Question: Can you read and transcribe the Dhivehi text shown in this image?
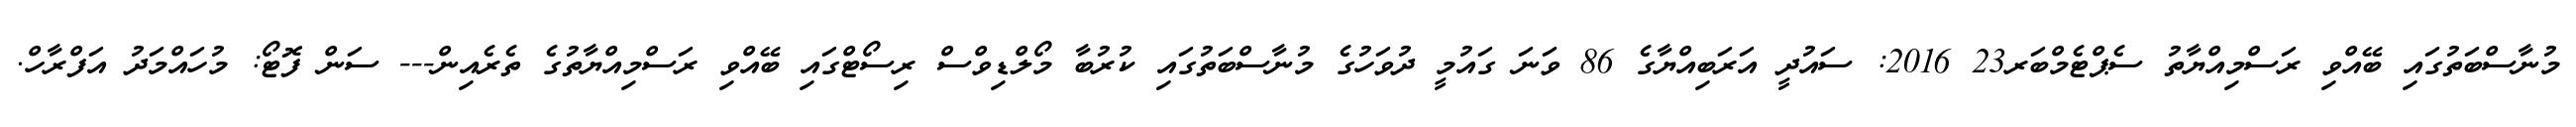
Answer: މުނާސްބަތުގައި ބޭއްވި ރަސްމިއްޔާތު ސެޕްޓެމްބަރ23 2016: ސައުދީ އަރަބިއްޔާގެ 86 ވަނަ ގައުމީ ދުވަހުގެ މުނާސްބަތުގައި ކުރުބާ މޯލްޑިވްސް ރިސޯޓްގައި ބޭއްވި ރަސްމިއްޔާތުގެ ތެރެއިން--- ސަން ފޮޓޯ: މުހައްމަދު އަފްރާހް.